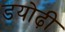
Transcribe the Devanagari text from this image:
डयोढ़ी